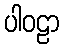
ပါဝဠာ